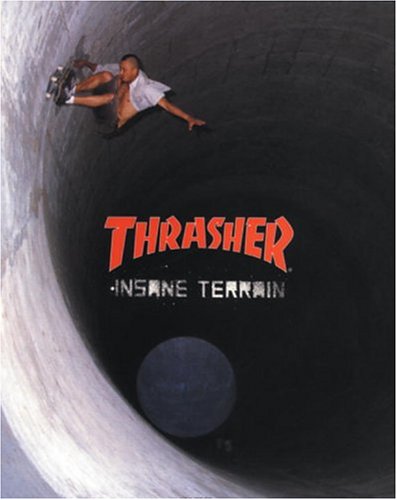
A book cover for Thrasher: Insane Terrain; Thrasher Magazine; Sports & Outdoors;